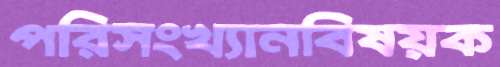
পরিসংখ্যানবিষয়ক